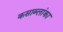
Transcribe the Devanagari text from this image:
कसाब्लांका